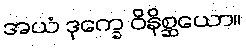
အယံ ဒုက္ခေ ဝိနိစ္ဆယော။